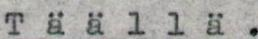
Täällä.